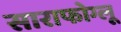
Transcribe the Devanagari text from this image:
साराफोग्लू